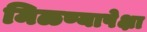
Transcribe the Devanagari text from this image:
मिळण्यापेक्षा